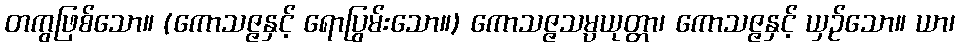
တကွဖြစ်သော။ (ကောသဇ္ဇနှင့် ရောပြွမ်းသော။) ကောသဇ္ဇသမ္ပယုတ္တာ၊ ကောသဇ္ဇနှင့် ယှဉ်သော။ ယာ၊